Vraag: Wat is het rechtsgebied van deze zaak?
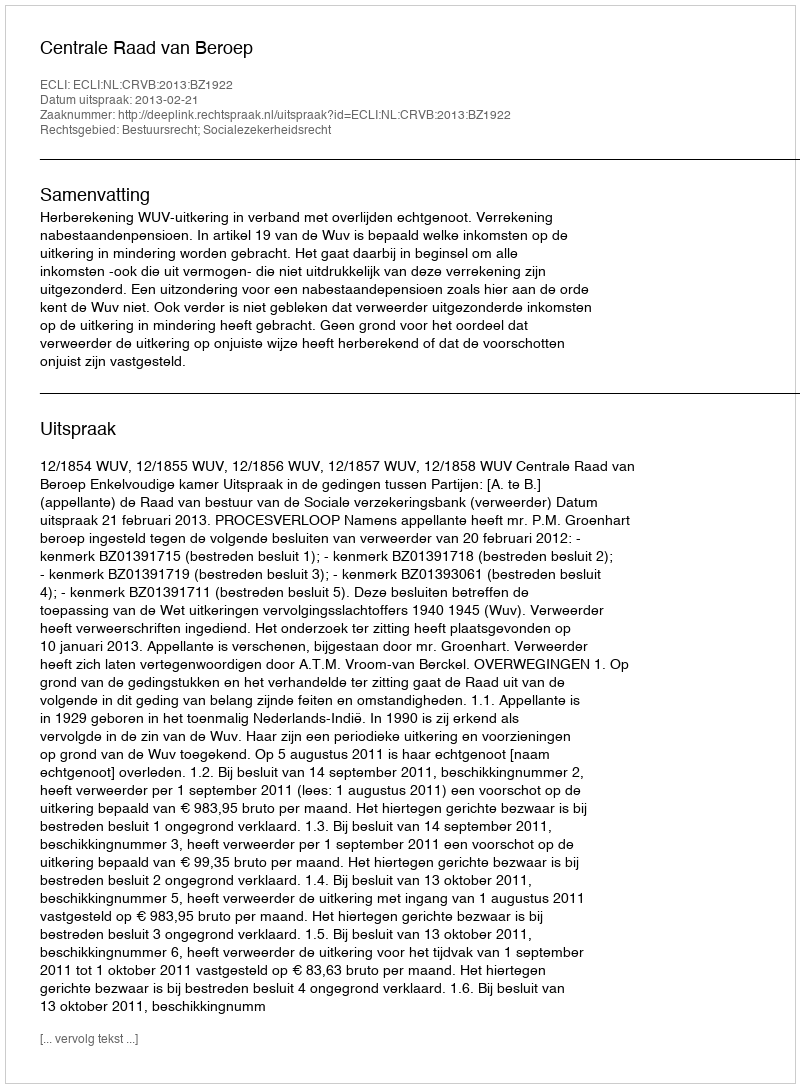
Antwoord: Bestuursrecht; Socialezekerheidsrecht